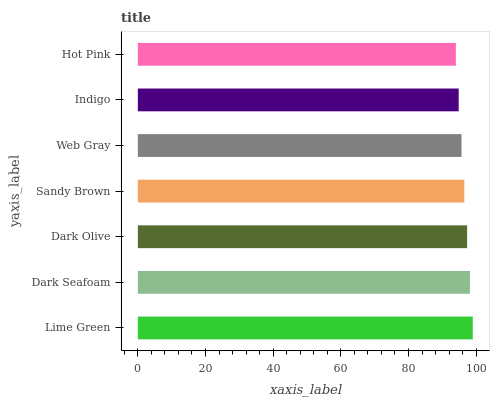
| yaxis_label | bars |
 | --- | --- |
 | Lime Green | 99 |
 | Dark Seafoam | 98.2 |
 | Dark Olive | 97.3 |
 | Sandy Brown | 96.5 |
 | Web Gray | 95.7 |
 | Indigo | 94.8 |
 | Hot Pink | 94 |